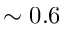
\sim 0 . 6